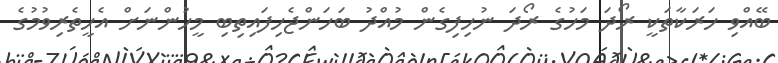
ބޭއްވި ހަރަކާތަކީ ރޯދަ މަހުގެ ރޯދަ ނުހިފިގެން މުއްދު ބަހަންޖެހިފައިތިބި މީހުންނަށް އެހީތެރިވުމުގެ